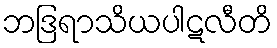
ဘဒြရာသိယပါဋလီတိ